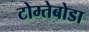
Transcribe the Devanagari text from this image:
टोम्तेबोडा